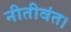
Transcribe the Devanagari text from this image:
नीतीवंत।